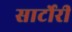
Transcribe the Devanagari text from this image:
सार्टोरी